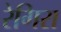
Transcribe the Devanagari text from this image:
रेगिरा